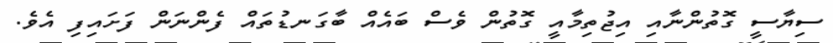
ސިޔާސީ ގޮތުންނާއި އިޖުތިމާއީ ގޮތުން ވެސް ބައެއް ބާގަނޑުތައް ފެންނަން ފަށައިފި އެވެ.